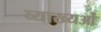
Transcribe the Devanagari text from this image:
व्याख्यओं